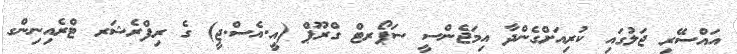
އައްސޭރި ޖަލުގައި ކުރިއަށްގެންދާ އިމަޖެންސީ ސަޕޯރޓް ގްރޫޕް (އީ.އެސް.ޖީ) ގެ ރިފްރެޝަރ ޓްރެއިނިންގ